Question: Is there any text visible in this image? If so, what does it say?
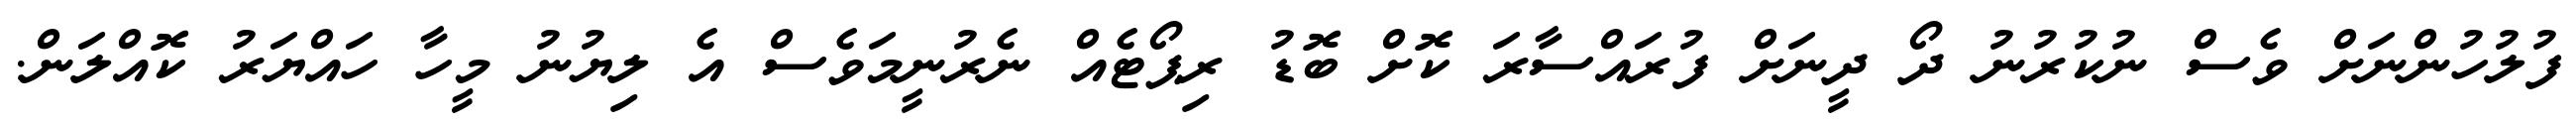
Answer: ފުލުހުންނަށް ވެސް ނުކުރުނު ދޯ ދީނަށް ފުރައްސާރަ ކޮށް ބޮޑު ރިޕޯޓެއް ނެރުނީމަވެސް އެ ލިޔުނު މީހާ ހައްޔަރު ކޮއްލަން.